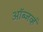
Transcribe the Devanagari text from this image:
ऑब्जर्व्ह